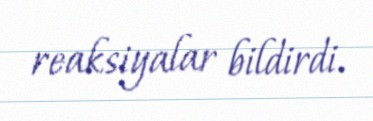
reaksiyalar bildirdi.